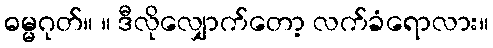
ဓမ္မဂုတ်။ ။ ဒီလိုလျှောက်တော့ လက်ခံရောလား။